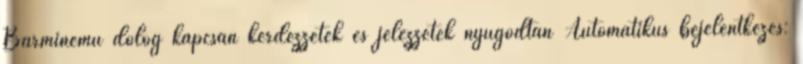
Bárminemű dolog kapcsán kérdezzetek és jelezzetek nyugodtan Automatikus bejelentkezés: